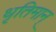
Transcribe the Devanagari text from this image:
धृतिमान्‌